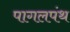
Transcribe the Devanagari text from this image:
पागलपंथ